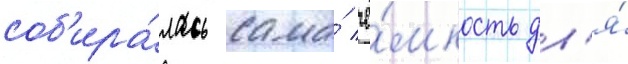
соб'ира́лась сама́ ё́мкость дл'я́